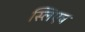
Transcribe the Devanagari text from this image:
स्लिएव